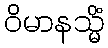
ဝိမာနသ္မိံ